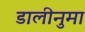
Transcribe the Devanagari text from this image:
डालीनुमा